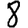
Digit: 8